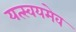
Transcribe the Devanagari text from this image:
यत्स्वयमेव